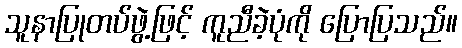
သူနာပြုတပ်ဖွဲ့ဖြင့် ကူညီခဲ့ပုံကို ပြောပြသည်။